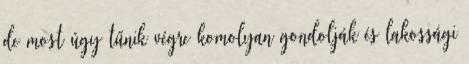
de most úgy tűnik végre komolyan gondolják és lakossági